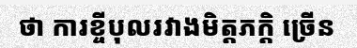
ថា ការខ្ចីបុលរវាងមិត្តភក្តិ ច្រើន